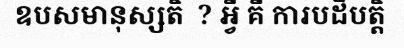
ឧបសមានុស្សតិ  ? អ្វី គឺ ការបដិបត្តិ